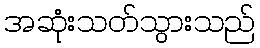
အဆုံးသတ်သွားသည်